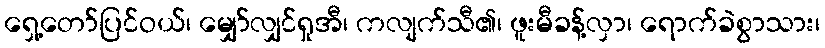
ရှေ့တော်ပြင်ဝယ်၊ မျှော်လျှင်ရှုအီ၊ ကလျက်သီ၏၊ ဖူးမီခန့်လှာ၊ ရောက်ခဲစွာသား၊